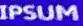
IPSUM